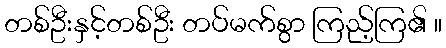
တစ်ဦးနှင့်တစ်ဦး တပ်မက်စွာ ကြည့်ကြ၏ ။